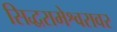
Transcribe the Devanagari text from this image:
सिद्धरामेश्वरावर